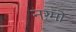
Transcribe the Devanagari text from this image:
नग़्मों